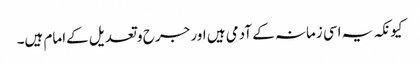
کیونکہ یہ اسی زمانہ کے آدمی ہیں اور جرح و تعدیل کےامام ہیں۔